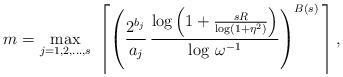
LaTeX: \begin{align*}m=\max_{j=1,2,\dots,s}\ \left\lceil \left(\frac{2^{b_j}}{a_j}\,\frac{\log\left(1+\frac{sR}{\log(1+\eta^2)}\right)}{\log\,\omega^{-1}}\right)^{B(s)}\,\right\rceil,\end{align*}